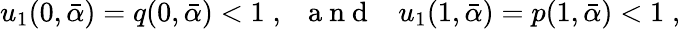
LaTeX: u_{1}(0,\bar{\alpha})=q(0,\bar{\alpha})<1\; ,\; \; {\mathrm{~a~n~d~}}\; \; \; u_{1}(1,\bar{\alpha})=p(1,\bar{\alpha})<1\; ,